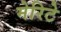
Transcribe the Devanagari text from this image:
मेरिटे